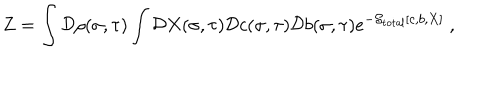
LaTeX: Z = \int { \cal D } \rho ( \sigma , \tau ) \int { \cal D } X ( \sigma , \tau ) { \cal D } c ( \sigma , \tau ) { \cal D } b ( \sigma , \tau ) e ^ { - { \cal S } _ { \mathrm { t o t a l } } [ c , b , X ] } ~ ,